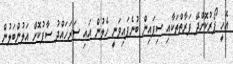
އެހީ ފޯރުކޮށްދޭ ފަރާތްތަކާއި ސިފައިން ބުނެފައިވަނީ ހެލުން އައި ސަރަހައްދު ސާފުކޮށް އަލުންބަލުން